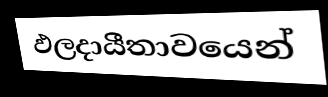
ඵලදායීතාවයෙන්